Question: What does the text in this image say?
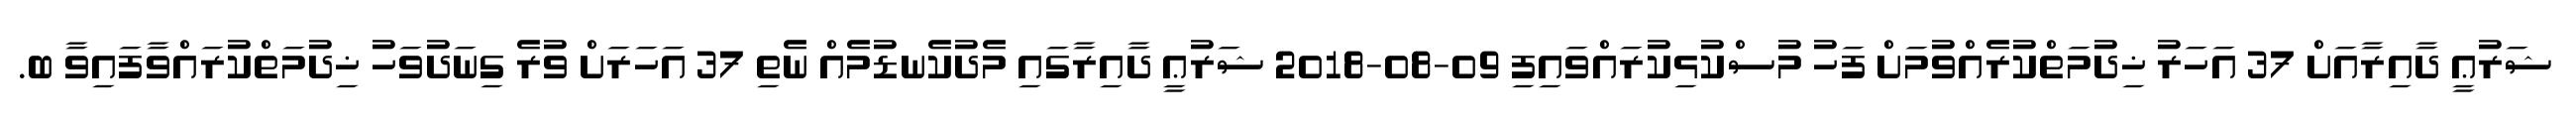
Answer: ޝަރުޢީ ދާއިރާއަށް 37 އަހަރު ޚިދުމަތްކުރެއްވުމަށް ފަހު މުސްކުޅިކުރައްވައިފި 09-08-2018 ޝަރުޢީ ދާއިރާގައި މެދުކެނޑުމެއް ނެތި 37 އަހަރަށް ވުރެ ގިނަދުވަހު ޚިދުމަތްކުރައްވާފައިވާ ބ.